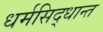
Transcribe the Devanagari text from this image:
धर्मसिद्धान्त